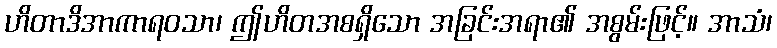
ဟိတာဒိအာကာရဝသာ၊ ဤဟိတအစရှိသော အခြင်းအရာ၏ အစွမ်းဖြင့်။ အာသံ၊